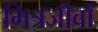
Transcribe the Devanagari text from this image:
मित्रजीवों